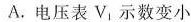
A.电压表V_{1}，示数变小